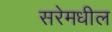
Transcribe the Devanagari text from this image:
सरेमधील